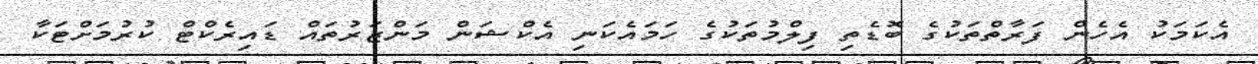
އެކަމަކު އެހެން ފަރާތްތަކުގެ ބޮޑެތި ފިލްމުތަކުގެ ހަމައެކަނި އެކްޝަން މަންޒަރުތައް ޑައިރެކްޓް ކުރުމަށްޓަކާ